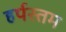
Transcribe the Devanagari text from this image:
हर्पस्तम